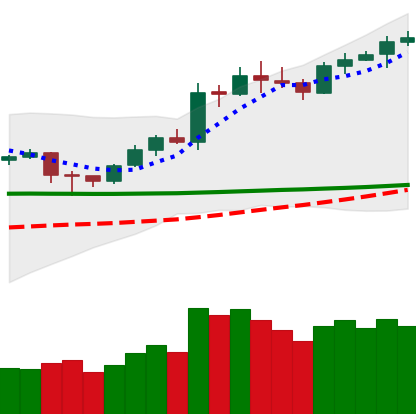
Ticker: LTC-USD
Chart end date: 2020-02-09
Forward return: 7.65%
Label: up_7plus